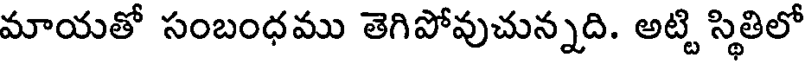
మాయతో సంబంధము తెగిపోవుచున్నది. అట్టి స్థితిలో